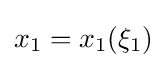
x_{1}=x_{1}(\xi _{1})